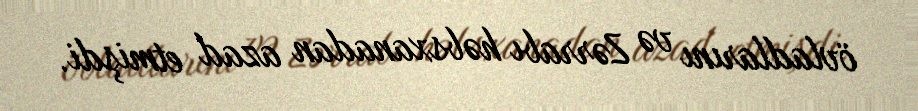
övladlarını və Zərrabı həbsxanadan azad etmişdi.